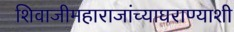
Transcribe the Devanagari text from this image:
शिवाजीमहाराजांच्याघराण्याशी